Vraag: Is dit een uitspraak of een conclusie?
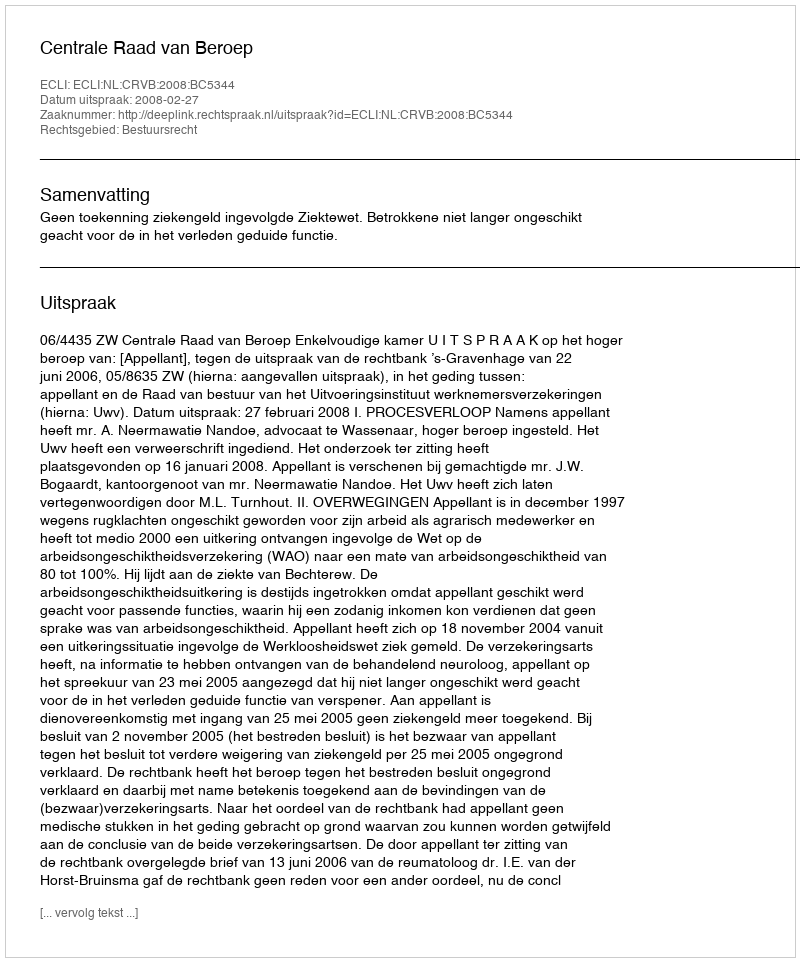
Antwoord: Uitspraak